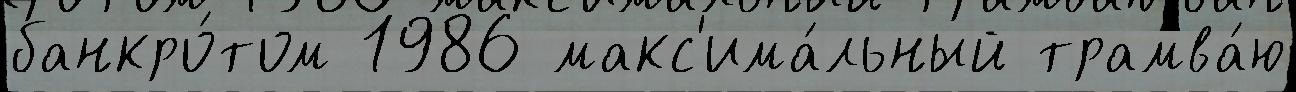
банкро́том 1986 макс'има́льный трамва́ю